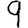
Digit: 9